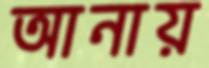
আনায়